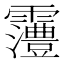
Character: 𱁩